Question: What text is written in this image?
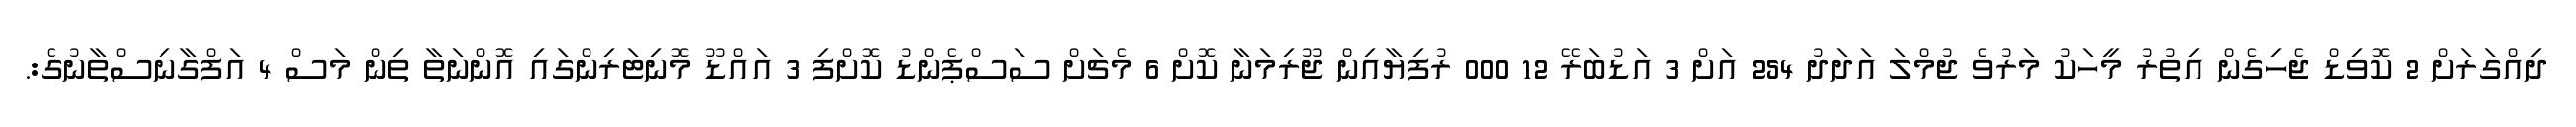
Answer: ދިއްގަރަށް 2 ކޮވިޑް ޖެހިގެން އިތުރު މީހަކު މަރުވެ ޖުމްލަ އަދަދު 254 އަށް 3 އަޑުބަރޭ 12 000 ރުފިޔާއިން ޖޫރިމަނާ ކޮށް 6 މެޗަށް ސަސްޕެންޑު ކޮށްފި 3 އައްޑޫ މޮނިޓަރިންގައި އޮންނަތާ ތިން މަސް 4 އަފްގާނިސްތާނުގެ:.